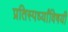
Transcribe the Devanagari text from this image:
प्रतिस्पर्ध्यांविषयी